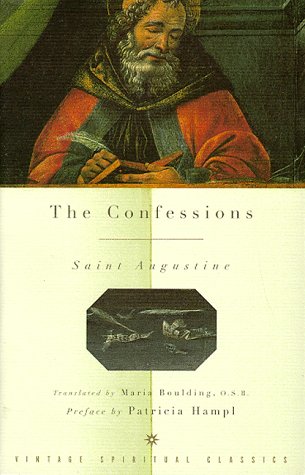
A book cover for The Confessions; St. Augustine; Christian Books & Bibles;